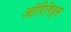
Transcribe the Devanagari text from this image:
ऑरिगिड्स